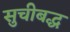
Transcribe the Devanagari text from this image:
सुचीबद्ध